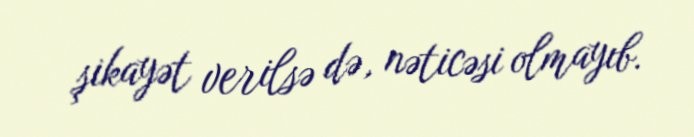
şikayət verilsə də, nəticəsi olmayıb.